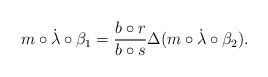
\begin{gather*}m\circ\dot\lambda\circ\beta_1={b\circ r\over b\circ s}\Delta(m\circ\dot\lambda\circ\beta_2).\end{gather*}